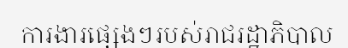
ការងារផ្សេងៗរបស់រាជរដ្ឋាភិបាល